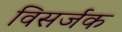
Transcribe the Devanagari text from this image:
विसर्जक